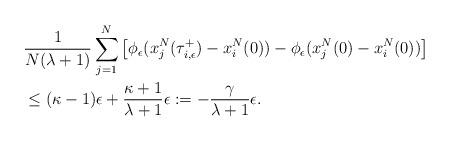
LaTeX: \begin{align*} & \frac{1}{N(\lambda+1)}\sum_{j=1}^{N}\left[\phi_{\epsilon}(x_{j}^{N}(\tau_{i,\epsilon}^{+})-x_{i}^{N}(0))-\phi_{\epsilon}(x_{j}^{N}(0)-x_{i}^{N}(0))\right]\\ & \le(\kappa-1)\epsilon+\frac{\kappa+1}{\lambda+1}\epsilon:=-\frac{\gamma}{\lambda+1}\epsilon.\end{align*}